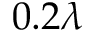
0 . 2 \lambda